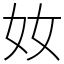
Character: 奻